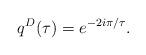
LaTeX: \begin{align*}q^{D}(\tau )=e^{-2i\pi /\tau}.\end{align*}